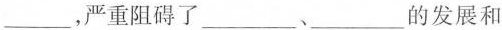
___，严重阻碍了___、___的发展和